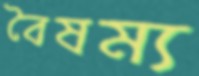
বৈষম্য